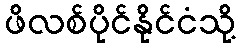
ဖိလစ်ပိုင်နိုင်ငံသို့